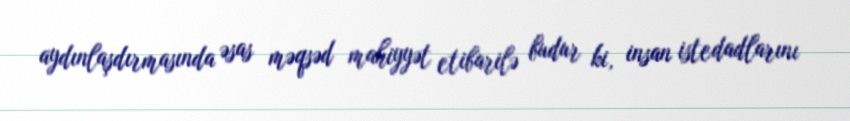
aydınlaşdırmasında əsas məqsəd mahiyyət etibarilə budur ki, insan istedadlarını